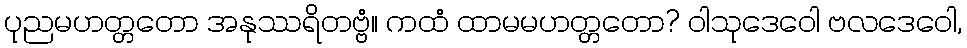
ပုညမဟတ္တတော အနုဿရိတဗ္ဗံ။ ကထံ ထာမမဟတ္တတော? ဝါသုဒေဝေါ ဗလဒေဝေါ,